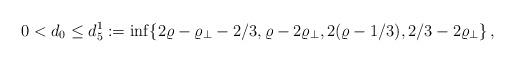
LaTeX: \begin{align*} 0 < d_0 \leq d_5^1:= \inf\{2\varrho-\varrho_\perp -2/3, \varrho- 2 \varrho_\perp, 2(\varrho-1/3), 2/3 - 2 \varrho_\perp\}\,, \end{align*}